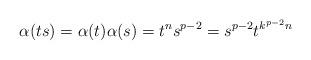
LaTeX: \begin{align*}\alpha(ts)=\alpha(t)\alpha(s)=t^{n}s^{p-2}=s^{p-2}t^{k^{p-2}n}\end{align*}